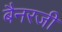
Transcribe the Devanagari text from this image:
बैनरजी